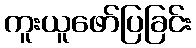
ကူးယူဖော်ပြခြင်း